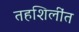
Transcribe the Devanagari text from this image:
तहशिलींत